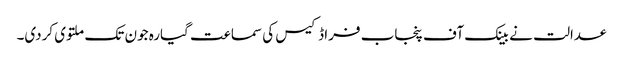
عدالت نے بینک آف پنجاب فراڈکیس کی سماعت گیارہ جون تک ملتوی کردی۔